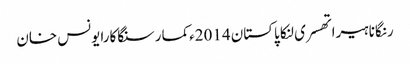
رنگانا ہیراتھسری لنکا پاکستان 2014ءکمار سنگاکارایونس خان